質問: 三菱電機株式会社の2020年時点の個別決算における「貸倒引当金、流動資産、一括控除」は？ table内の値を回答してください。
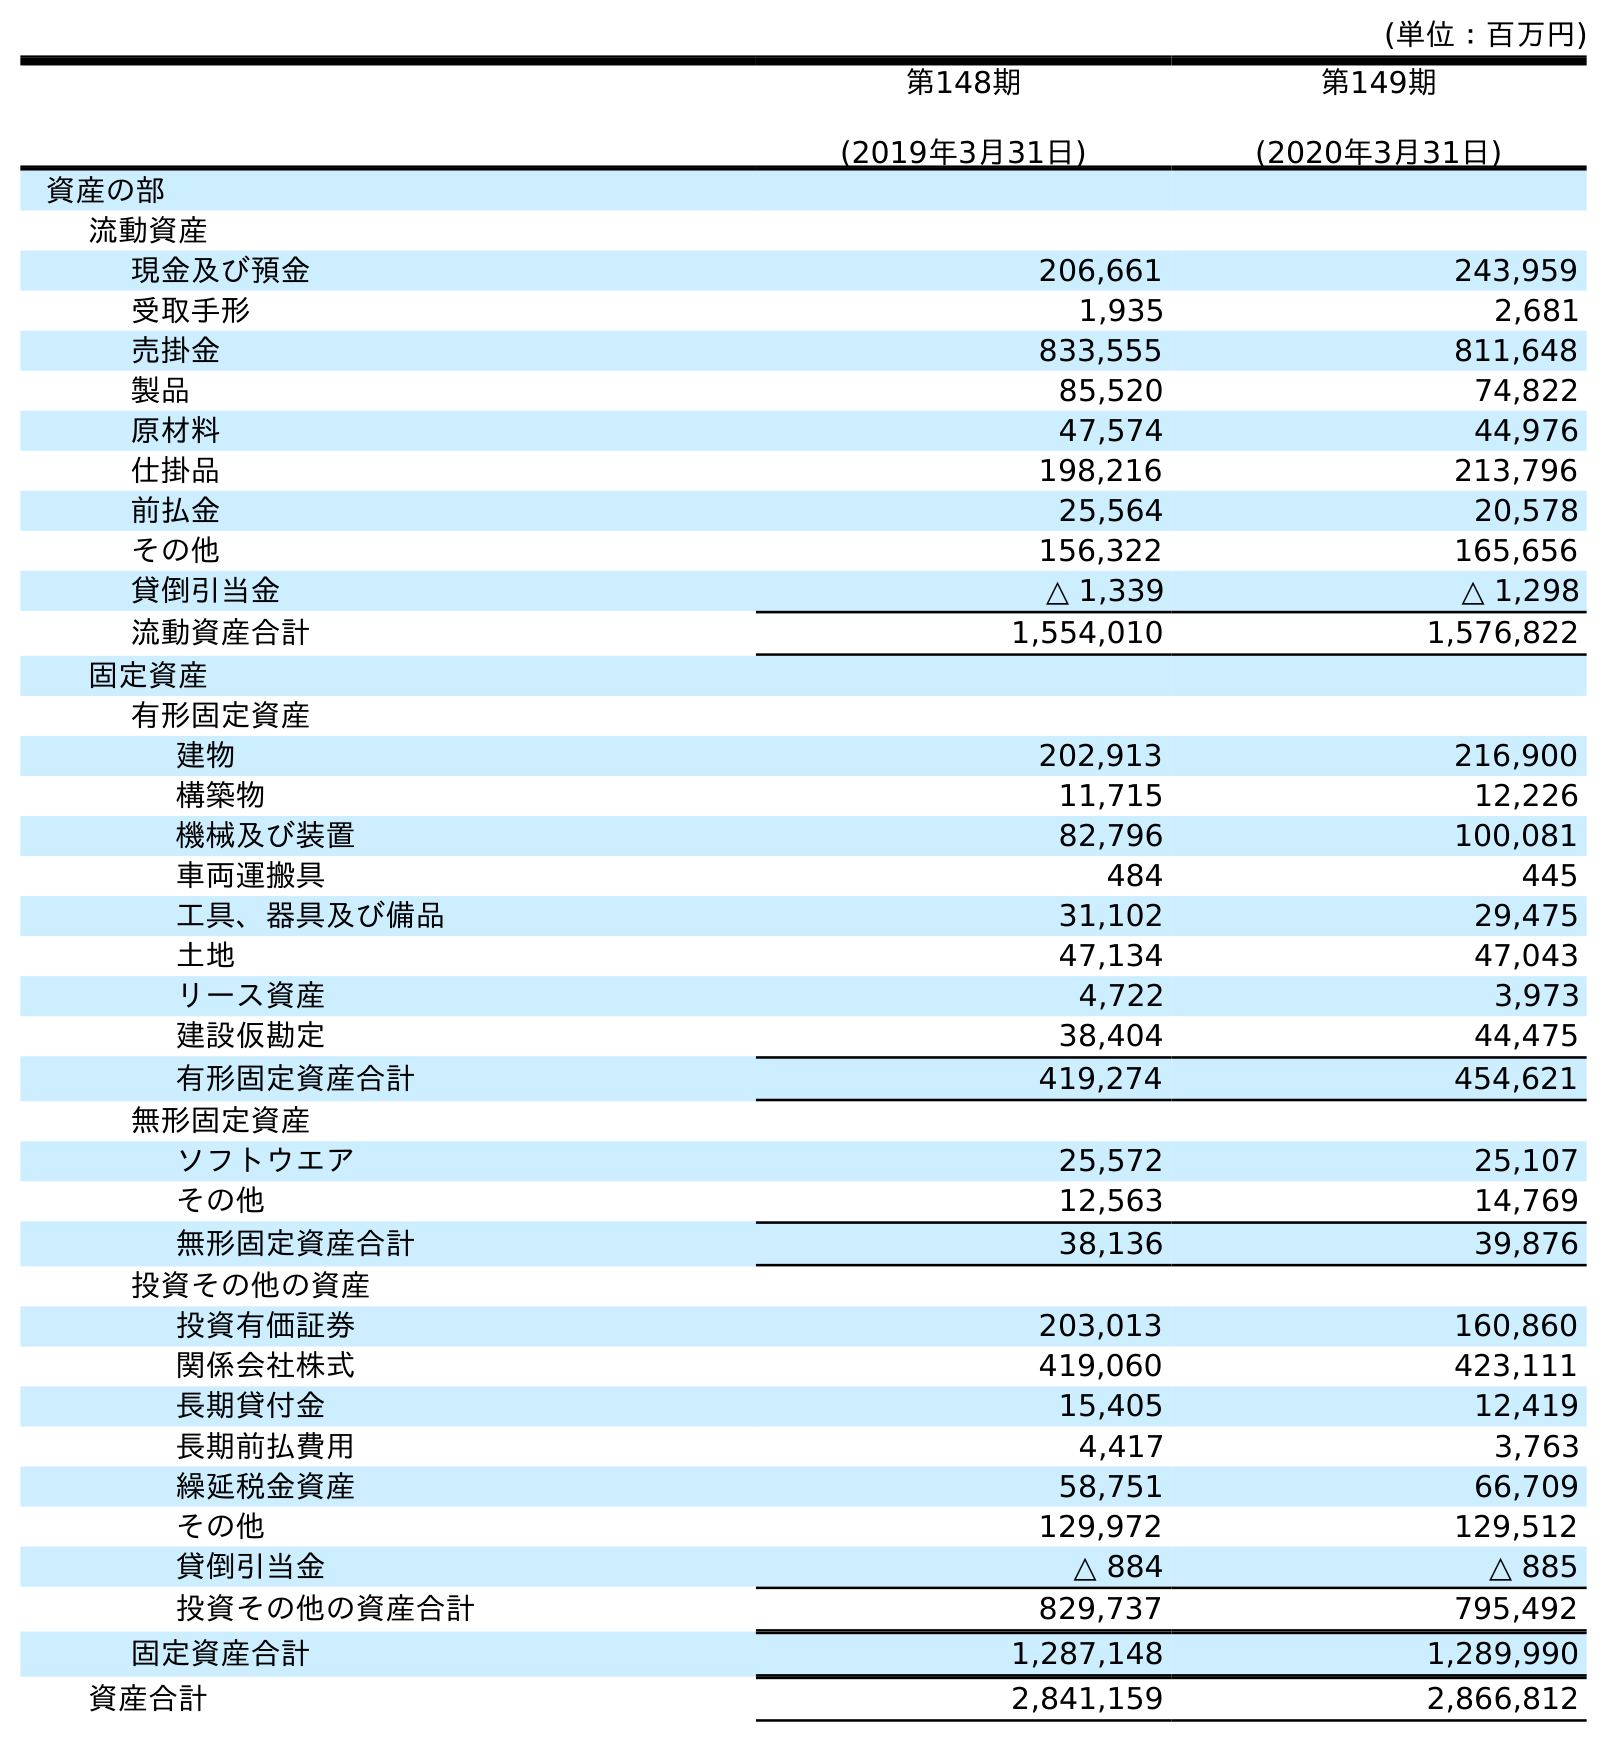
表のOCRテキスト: (単位：百万円) 第148期 (2019年3月31日) 第149期 (2020年3月31日) 資産の部 流動資産 現金及び預金 206,661 243,959 受取手形 1,935 2,681 売掛金 833,555 811,648 製品 85,520 74,822 原材料 47,574 44,976 仕掛品 198,216 213,796 前払金 25,564 20,578 その他 156,322 165,656 貸倒引当金 △ 1,339 △ 1,298 流動資産合計 1,554,010 1,576,822 固定資産 有形固定資産 建物 202,913 216,900 構築物 11,715 12,226 機械及び装置 82,796 100,081 車両運搬具 484 445 工具、器具及び備品 31,102 29,475 土地 47,134 47,043 リース資産 4,722 3,973 建設仮勘定 38,404 44,475 有形固定資産合計 419,274 454,621 無形固定資産 ソフトウエア 25,572 25,107 その他 12,563 14,769 無形固定資産合計 38,136 39,876 投資その他の資産 投資有価証券 203,013 160,860 関係会社株式 419,060 423,111 長期貸付金 15,405 12,419 長期前払費用 4,417 3,763 繰延税金資産 58,751 66,709 その他 129,972 129,512 貸倒引当金 △ 884 △ 885 投資その他の資産合計 829,737 795,492 固定資産合計 1,287,148 1,289,990 資産合計 2,841,159 2,866,812
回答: △1,298